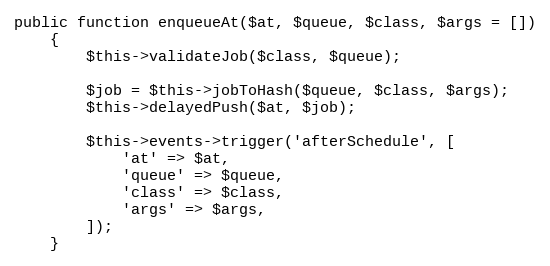
Language: PHP
public function enqueueAt($at, $queue, $class, $args = [])
    {
        $this->validateJob($class, $queue);

        $job = $this->jobToHash($queue, $class, $args);
        $this->delayedPush($at, $job);

        $this->events->trigger('afterSchedule', [
            'at' => $at,
            'queue' => $queue,
            'class' => $class,
            'args' => $args,
        ]);
    }